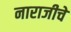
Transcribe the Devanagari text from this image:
नाराजीचे